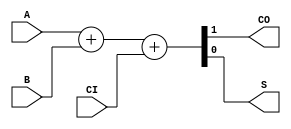
module CC_ADDF (
	input  A, B, CI,
	output CO, S
);
	assign {CO, S} = A + B + CI;
endmodule